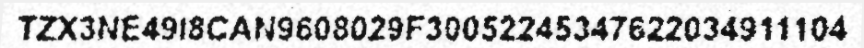
TZX3NE49I8CAN9608029F30052245347622034911104